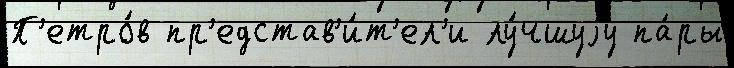
П'етро́в пр'едстав'и́т'ел'и лу́чшуjу па́ры